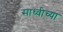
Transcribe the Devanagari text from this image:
साध्वीच्या